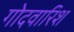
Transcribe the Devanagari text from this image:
गोदवारिश